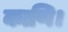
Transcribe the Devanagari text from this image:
काणि।